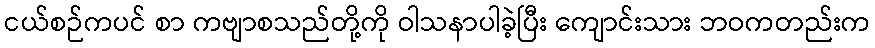
ငယ်စဉ်ကပင် စာ ကဗျာစသည်တို့ကို ဝါသနာပါခဲ့ပြီး ကျောင်းသား ဘဝကတည်းက